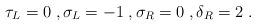
LaTeX: \begin{align*}\begin{gathered}\tau_L = 0 \;, \sigma_L = -1 \;, \sigma_R = 0 \;, \delta_R = 2 \;.\end{gathered}\end{align*}